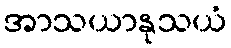
အာသယာနုသယံ